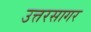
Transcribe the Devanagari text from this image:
उत्तरसागर